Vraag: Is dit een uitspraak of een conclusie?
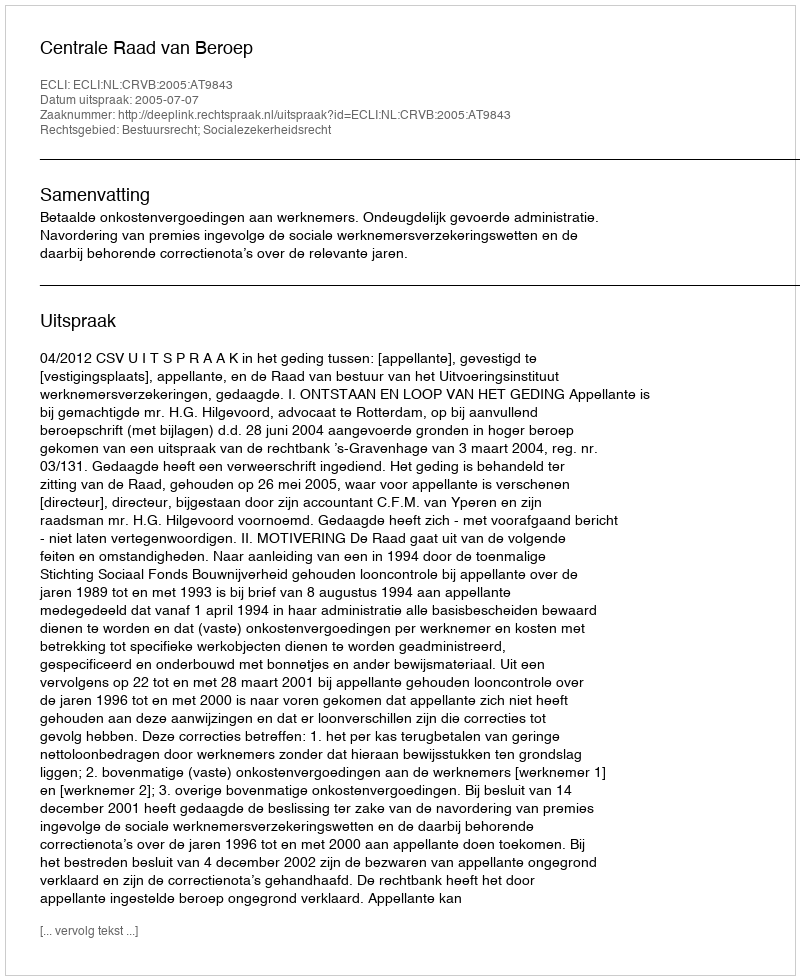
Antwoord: Uitspraak